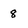
Character: 8